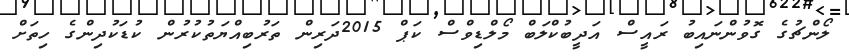
ލޯންޗުގެ ގޮވުންނައިބު ރައީސް އަދީބުކްލަބް މޯލްޑިވްސް ކަޕް 2015ދަރިން ތަރުބިއްޔަތުކުރުން ކުޑަކުދިންގެ ހިތަށް